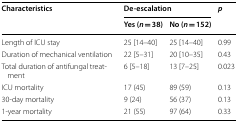
<table><thead><tr><td rowspan="2"><b>Characteristics</b></td><td colspan="2"><b>De-escalation</b></td><td rowspan="2"><b><i>p</i></b></td></tr><tr><td><b>Yes (<i>n </i>= 38)</b></td><td><b>No (<i>n </i>= 152)</b></td></tr></thead><tbody><tr><td>Length of ICU stay</td><td>25 [14–40]</td><td>25 [14–40]</td><td>0.99</td></tr><tr><td>Duration of mechanical ventilation</td><td>22 [5–31]</td><td>20 [10–35]</td><td>0.43</td></tr><tr><td>Total duration of antifungal treatment</td><td>6 [5–18]</td><td>13 [7–25]</td><td>0.023</td></tr><tr><td>ICU mortality</td><td>17 (45)</td><td>89 (59)</td><td>0.13</td></tr><tr><td>30-day mortality</td><td>9 (24)</td><td>56 (37)</td><td>0.13</td></tr><tr><td>1-year mortality</td><td>21 (55)</td><td>97 (64)</td><td>0.33</td></tr></tbody></table>